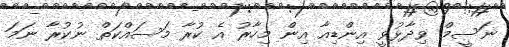
ނަސީމް ވިދާޅުވީ އިންޑިއާ އިން މިހާރު އެ ކުރާ މަސައްކަތް ނުކުރާ ނަމަ